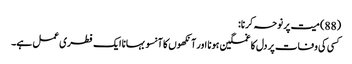
(88) میت پر نوحہ کرنا:
کسی کی وفات پر دل کا غمگین ہونا اور آنکھوں کا آنسو بہانا ایک فطری عمل ہے۔